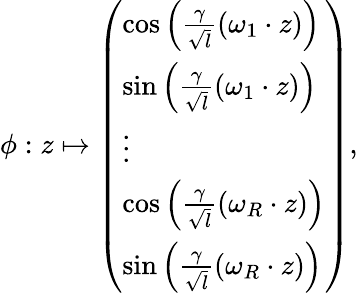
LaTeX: \phi:z\mapsto\left(\begin{array}{l}{\cos\left(\frac{\gamma}{\sqrt{l}}(\omega_{1}\cdot z)\right)}\\ {\sin\left(\frac{\gamma}{\sqrt{l}}(\omega_{1}\cdot z)\right)}\\ {\vdots}\\ {\cos\left(\frac{\gamma}{\sqrt{l}}(\omega_{R}\cdot z)\right)}\\ {\sin\left(\frac{\gamma}{\sqrt{l}}(\omega_{R}\cdot z)\right)}\end{array}\right),